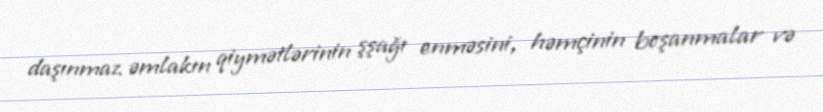
daşınmaz əmlakın qiymətlərinin şşağı enməsini, həmçinin boşanmalar və